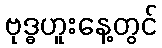
ဗုဒ္ဓဟူးနေ့တွင်